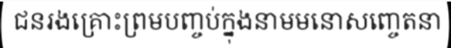
ជនរងគ្រោះព្រមបញ្ចប់ក្នុងនាមមនោសញ្ចេតនា